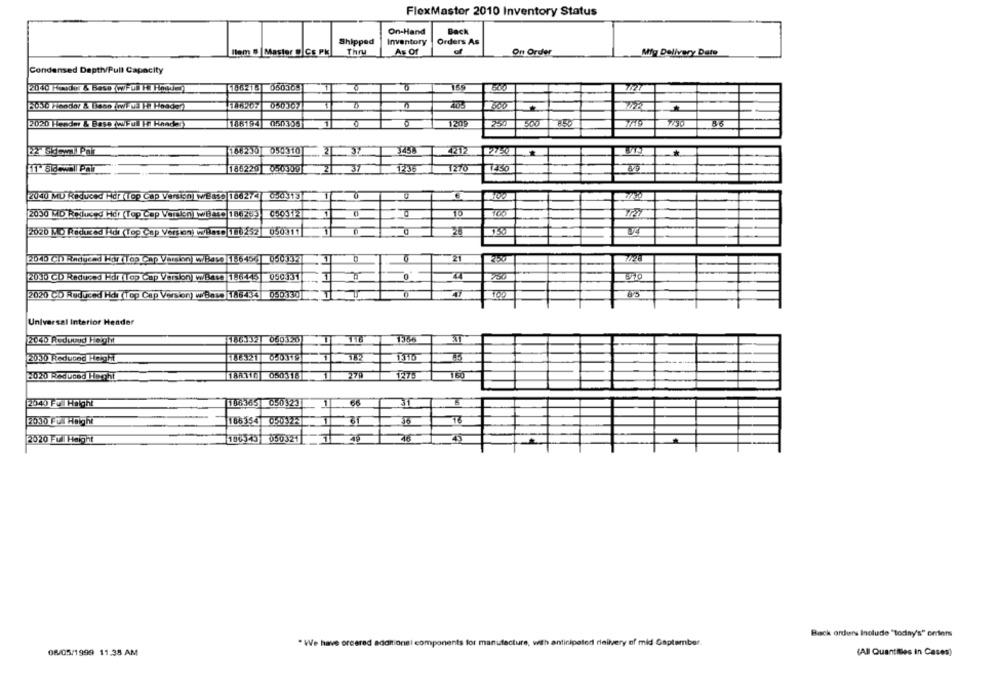
FlexMaster 2010 Inventory Status
On-Hand
Back
Shipped
Inventory
Orders As
llem & Master @ Cs PK
Thru
As Of
On Order
Mty Delivery Date
Condensed Depth/Pull Capacity
2040 Feodor & Base (WFUN Ho Hoeden)
196218
2020 Hender & Base
186194
0503001
1200
251
36
186230 050310
3458
4212
*
186220 050309
1236
1270
2040 MU Reduced Her (Top Cap Version wease 1662/4/ 050313
2030 MD Reduced Hdr (Top Cap Version wBase 186763]
050-512
2020 MO Reduced Hor (Top Cap Version w/Base 180252
050311
21
2040 Cn Radyend Hoy (Top Cap Version W/Bave |186454] 050332
2030 CD Reduced Hor (Top Cap Version WBave |186445]
050331
2020 CD Reduced Hat (Tep C
Base 186434
050330
0
Universal Interior Header
2040 Reduend Height
186332 060320
TTE
1356
2010 Reduced Height
1.310
270
127:
2020 Reduced Hecht
2040 Fu Height
106365] 050323
20.30 FullHeight
2020 Ful Height
100543 050321
45
Back orders Include "today's" oriens
. We have ordered additions! components for manufacture, with anticipated delivery of mid Gaplamber.
08/05/1999 11:35 AM
(All Quantities in Cases)